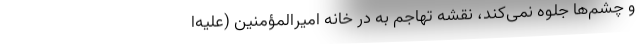
و چشم‌ها جلوه نمی‌کند، نقشه تهاجم به در خانه امیرالمؤمنین (علیه‌ا